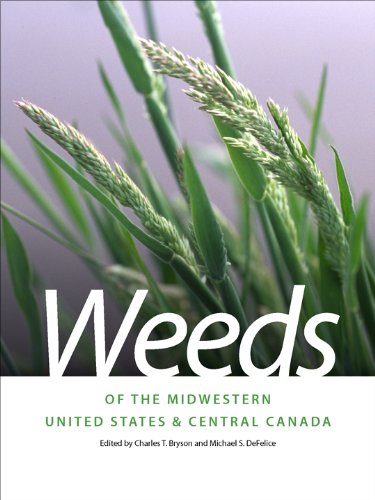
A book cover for Weeds of the Midwestern United States and Central Canada (Wormsloe Foundation Nature Book); Science & Math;